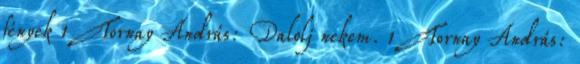
fények 1 Tornay András: Dalolj nekem. 1 Tornay András: